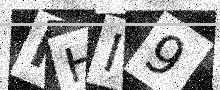
Text: IHI9